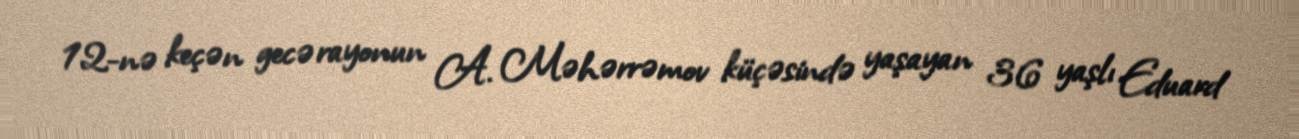
12-nə keçən gecə rayonun A. Məhərrəmov küçəsində yaşayan 36 yaşlı Eduard